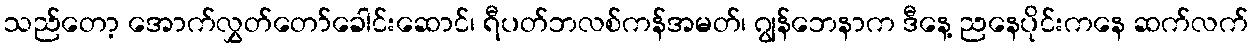
သည်တော့ အောက်လွှတ်တော်ခေါင်းဆောင်၊ ရီပတ်ဘလစ်ကန်အမတ်၊ ဂျွန်ဘေနာက ဒီနေ့ ညနေပိုင်းကနေ ဆက်လက်